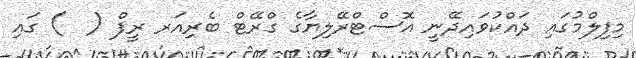
މިފިލްމުގައި ދައްކުވައިދޭނީ އޮސްޓްރޭލިޔާގެ ގްރޭޓް ބެރިއަރ ރީފް (  ) ގައި